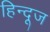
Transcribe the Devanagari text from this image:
हिन्दूज